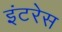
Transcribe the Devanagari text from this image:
इंटरेस